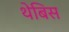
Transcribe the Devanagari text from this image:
थेबिस